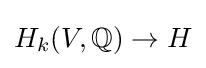
H_{k}(V,\mathbb {Q} )\to H